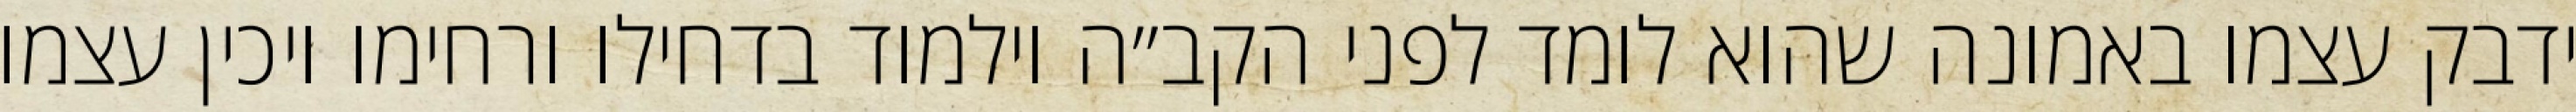
ידבק עצמו באמונה שהוא לומד לפני הקב״ה וילמוד בדחילו ורחימו ויכין עצמו